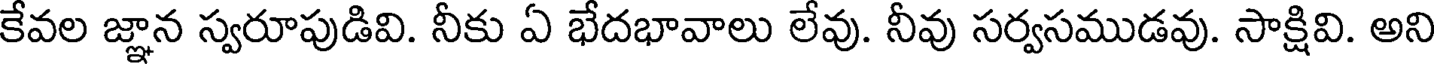
కేవల జ్ఞాన స్వరూపుడివి. నీకు ఏ భేదభావాలు లేవు. నీవు సర్వసముడవు. సాక్షివి. అని